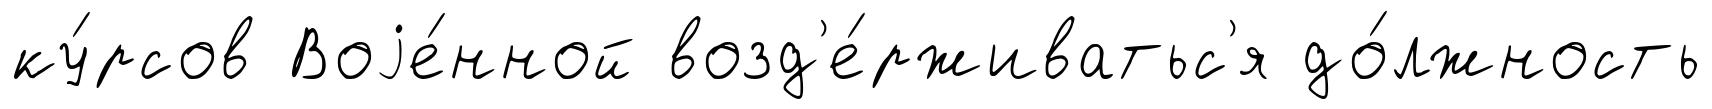
ку́рсов Воjе́нной возд'е́рживатьс'я до́лжность